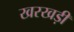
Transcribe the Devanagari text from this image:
खरखड़ी